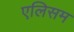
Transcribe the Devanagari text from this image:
एलिसम